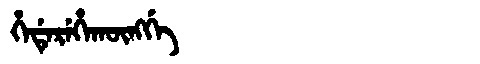
Manchu: ᡥᡝᡩᡝᡵᡝᡥᠠᡴᡡᠩᡤᡝ
Romanization: HEDEREHAKŪNGGE